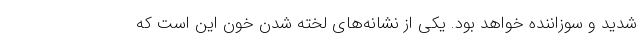
شدید و سوزاننده خواهد بود. یکی از نشانه‌های لخته شدن خون این است که